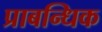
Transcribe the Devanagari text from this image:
प्राबन्धिक